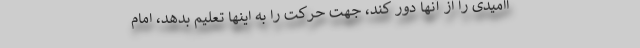
اامیدی را از آنها دور کند،‌ جهت حرکت را به اینها تعلیم بدهد، امام